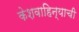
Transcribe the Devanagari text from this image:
केशवाहिन्याची